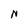
Character: N